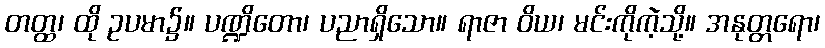
တတ္ထ၊ ထို ဥပမာ၌။ ပဏ္ဍိတော၊ ပညာရှိသော။ ရာဇာ ဝိယ၊ မင်းကိုကဲ့သို့။ အနုတ္တရော၊